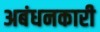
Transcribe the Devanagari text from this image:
अबंधनकारी